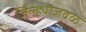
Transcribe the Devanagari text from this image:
जिल्ह्याजवळ